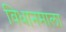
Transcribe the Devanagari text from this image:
विधानमाला